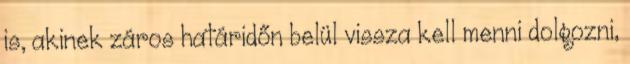
is, akinek záros határidőn belül vissza kell menni dolgozni,